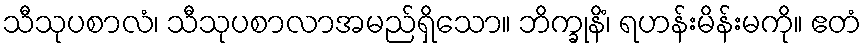
သီသုပစာလံ၊ သီသုပစာလာအမည်ရှိသော။ ဘိက္ခုနိံ၊ ရဟန်းမိန်းမကို။ ဧတံ